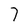
Character: 7